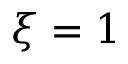
\xi = 1